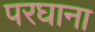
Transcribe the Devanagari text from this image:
परघाना